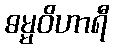
ဓမ္မဝိဟာရီ